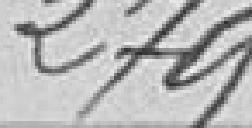
279